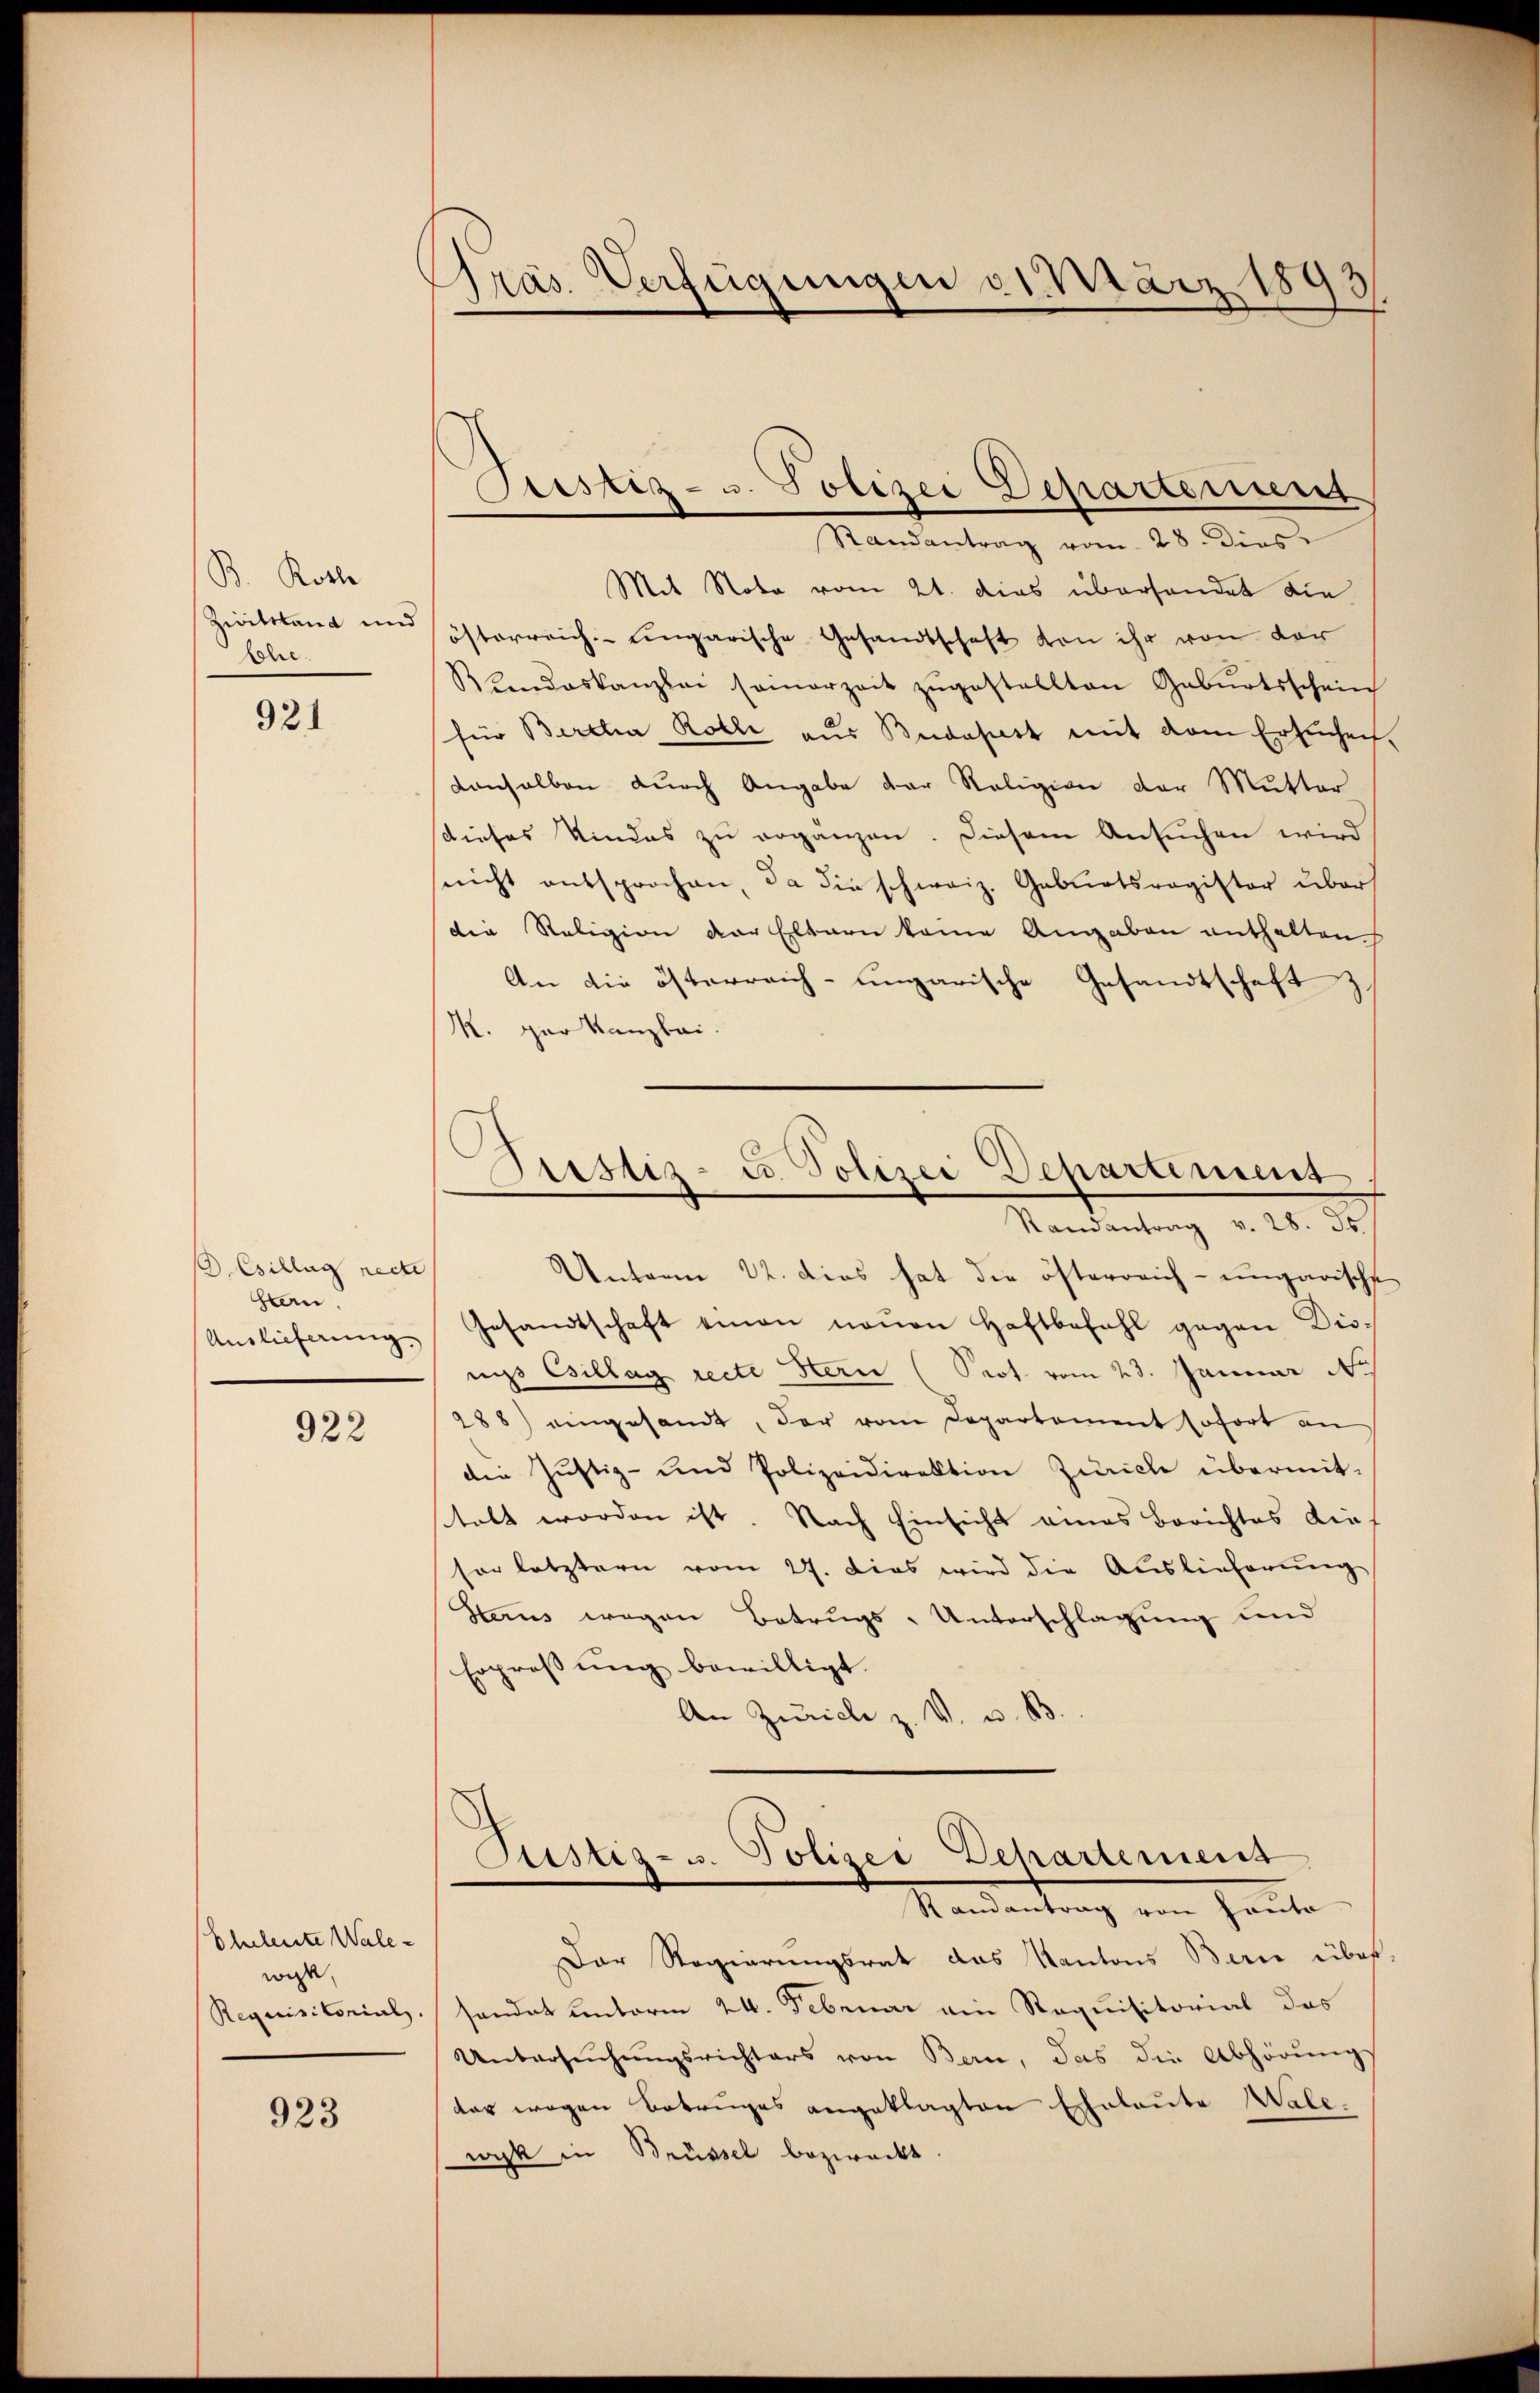
B. Koste
Zwittland und
bhe.

921

D.Csillig recte
Hen
Auslieferung.

922

Eheleute Walewige,
Requisitorial.

923

Präs. Verfügungen 31. März 18
3

ustiz- u. Polizei Departement

Justiz- u. Polizei Departement
Randantrag v. 28. 36.

Randantrag vom 28. Dies
Mit Nota vom 21. dies überhandet die
österreich eingarische Gesandtschaft von ihr von der
Blendeskanzlei seinerzeit zŭgestellten Gebŭrtsschein
für Bertha Rolle aus Budapest mit dem Ersuchen,
denselben durch Angabe der Religion der Mutter
stiefes Kindes zu erganzen. Diesem Ansuchen wird
nicht entsprochen, da die schweiz. Geburtsregister über
die Religion der Eltern kame Angaben enthalten.
An die österreich-ungarische Gesandtschaft z
K. gar kanzlei.
Unterm 22. dies hat die österreich- ungarische
Gesandtschaft einen neuen Haftbefahl gegen Dis-
nigs Csillag recte Hern (Prot vom 23. Januar 1
288) eingesandt, der vom Departement sofort an
die Justiz- und Polizeidirektion Zürich übermitstalt worden ist Nach Einsicht eines Berichtes dies
sor letztern vom 27. Dies wird die Auslieferung
Sterns wegen Betrugs-Unterschlagung und
Erpreßung bewilligt.
An Zürich z. V. u. B.
Custiz- u. Polizei Departemens
Randantrag von Hauto
Der Regierungsrat das Kantons Berne übersandat unterm 24. Februar ain Requisitorial des
Untersŭchŭngsrichters von Bern, das die Abhörŭngs
dar wegen Betruges angeklagten Eheleute Walewyk in Brüssel bezweckt.